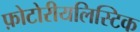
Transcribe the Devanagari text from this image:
फ़ोटोरीयलिस्टिक